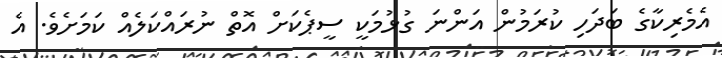
އެމެރިކާގެ ބަދަހި ކުރަމުން އަންނަ ގުޅުމަކީ ސީޕެކަށް އޮތް ނުރައްކަލެއް ކަމަށެވެ. އެ